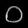
Digit: ၀